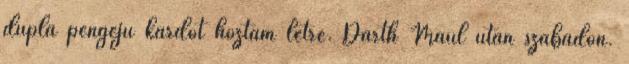
dupla pengéjű kardot hoztam létre. Darth Maul után szabadon.